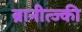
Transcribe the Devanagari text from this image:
ब्रानीत्ज्की